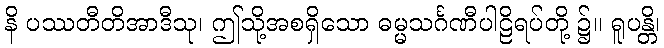
နိ ပဿတီတိအာဒီသု၊ ဤသို့အစရှိသော ဓမ္မသင်္ဂဏီပါဠိရပ်တို့ ၌။ ရူပန္တိ၊